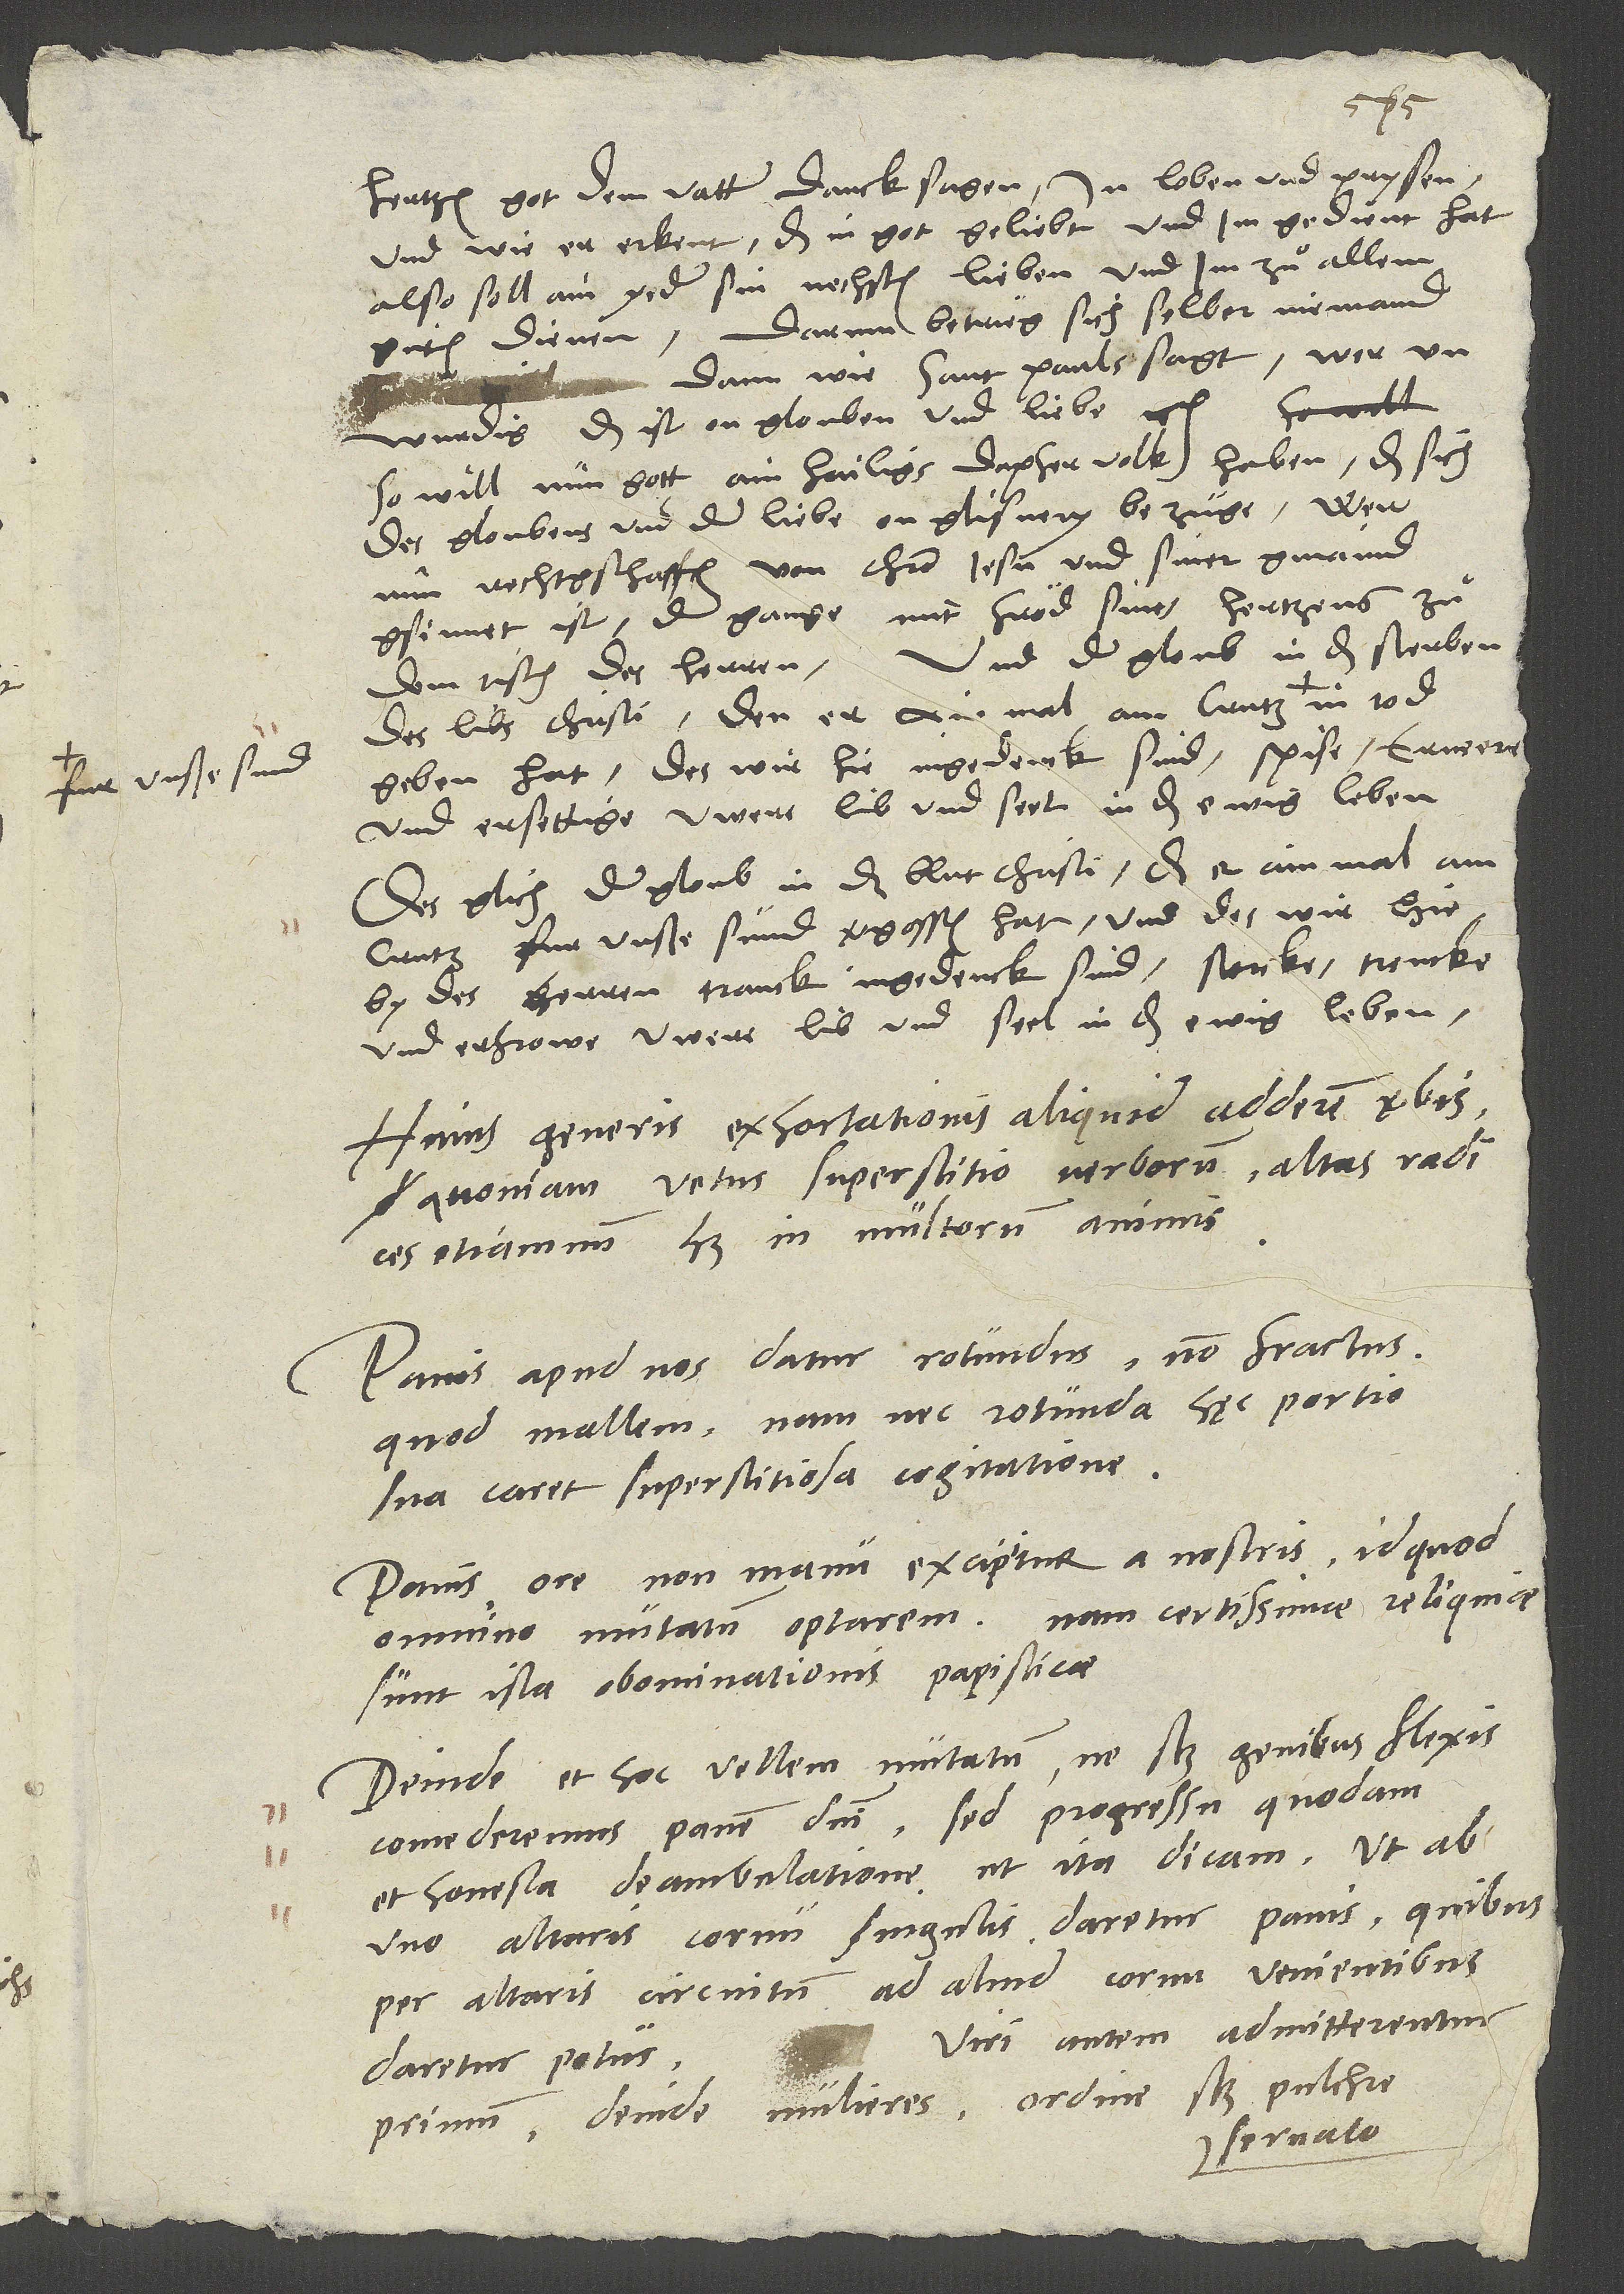
und wie er erkent, das in got geliebt und im gedient hat,
also soll ain yeder sin nechsten lieben und im zuͦ allem
guͦten dienen. Darum betrieg sich selber niemand
So will nun gott ain hailigs, dapfer volk haben, das sich
des gloubens und der liebe on glisnery bezüge. Wer
nun rechtgschaffen von Christo Jesu und siner gmaind
gsinnet ist, der gange mit fröd sines hertzens zuͦ
dem tisch des herren. Und der gloub in das sterben
des libs Christi, den er ain mal am crutz fur
geben hat, des wir hie ingedenck sind, spise, erneere
und ersettige uwere lib und seel in das ewig leben.
Des glich der gloub in das blut Christi, das er ain mal am
crutz fur unsre sünd vergossen hat und des wir hie
by des herren tranck ingedenck sind, stercke, trencke
und erfrowe uwere lib und seel in das ewig leben.
Huius generis exhortationis aliquid adderem verbis,
quoniam vetus superstitio verborum altas radices
etiamnum habet in multorum animis.
Panis apud nos datur rotundus, non fractus,
quod mallem; nam nec rotunda hęc portio
sua caret superstitiosa cogitatione.
Panis ore, non manu excipitur a nostris, id quod
omnino mutatum optarem; nam certissimae reliquiae
sunt ista abominationis papisticae.
Deinde et hoc vellem mutatum, ne scilicet genibus flexis
comederemus panem domini, sed progressu quodam
et honesta deambulatione, ut ita dicam, ut ab
uno altaris cornu singulis daretur panis, quibus
per altaris circuitum ad aliud cornu venientibus
daretur potus. Viri autem admitterentur
primum, deinde mulieres, ordine scilicet pulchre
servato.